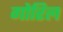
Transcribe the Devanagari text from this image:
गोरिल